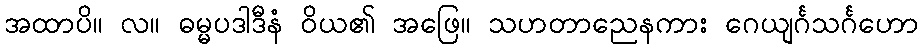
အထာပိ။ လ။ ဓမ္မပဒါဒီနံ ဝိယ၏ အဖြေ။ သဟတာညေနကား ဂေယျင်္ဂသင်္ဂဟော